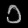
Digit: ၁